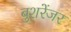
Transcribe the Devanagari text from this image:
बुशरेंजर